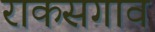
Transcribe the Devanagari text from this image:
राकसगाव